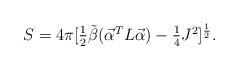
LaTeX: \begin{align*}S=4\pi[\textstyle{{1\over 2}}{\tilde \beta}(\vec{\cal \alpha}^TL\vec{\cal \alpha})-\textstyle{{1\over 4}}J^2]^{1\over 2}. \end{align*}